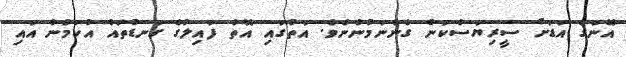
އޭނަގެ އަޑަށް ސީރިޔަސްކަން ގެންނަމުންނެވެ. އަތުގައި އޮތް ފައިލުގެ ގަނޑުތައް އުކަމުން އައި